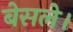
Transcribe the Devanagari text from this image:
बेसले।